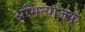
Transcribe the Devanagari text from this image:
अभित्याजक